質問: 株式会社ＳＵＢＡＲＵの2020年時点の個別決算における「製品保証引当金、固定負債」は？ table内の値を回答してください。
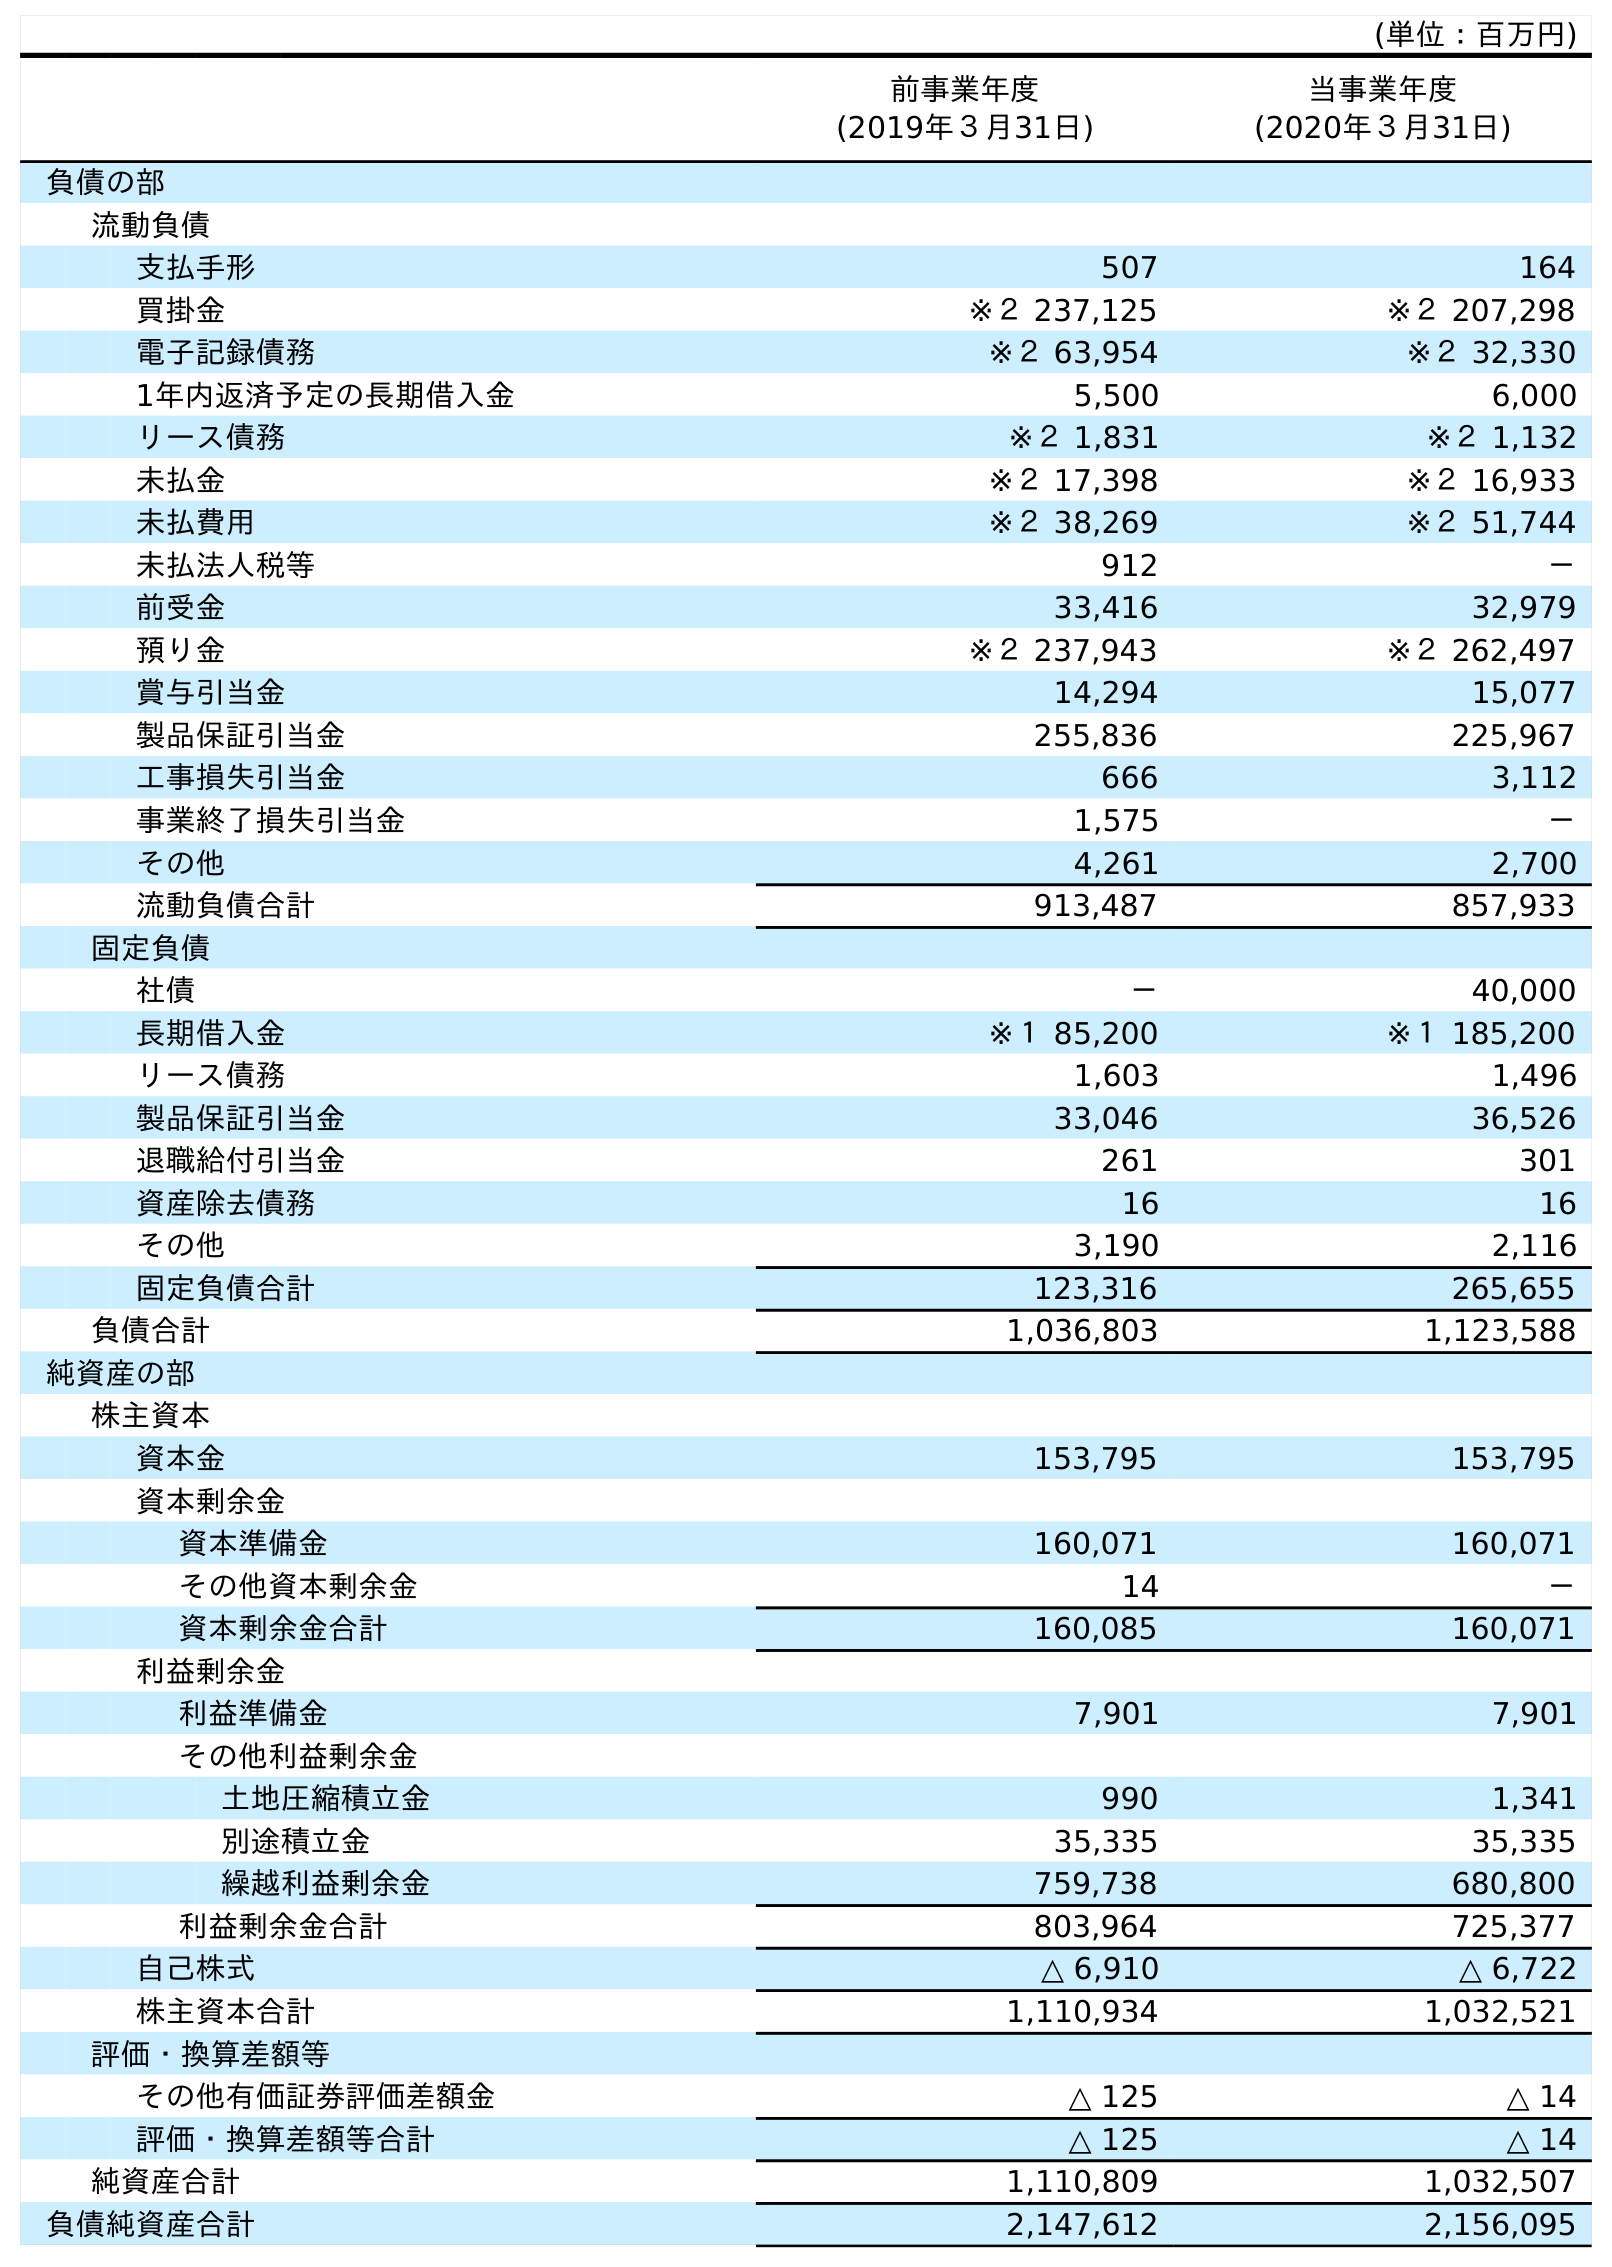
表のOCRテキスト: (単位：百万円) 前事業年度 (2019年３月31日) 当事業年度 (2020年３月31日) 負債の部 流動負債 支払手形 507 164 買掛金 ※２ 237,125 ※２ 207,298 電子記録債務 ※２ 63,954 ※２ 32,330 1年内返済予定の長期借入金 5,500 6,000 リース債務 ※２ 1,831 ※２ 1,132 未払金 ※２ 17,398 ※２ 16,933 未払費用 ※２ 38,269 ※２ 51,744 未払法人税等 912 － 前受金 33,416 32,979 預り金 ※２ 237,943 ※２ 262,497 賞与引当金 14,294 15,077 製品保証引当金 255,836 225,967 工事損失引当金 666 3,112 事業終了損失引当金 1,575 － その他 4,261 2,700 流動負債合計 913,487 857,933 固定負債 社債 － 40,000 長期借入金 ※１ 85,200 ※１ 185,200 リース債務 1,603 1,496 製品保証引当金 33,046 36,526 退職給付引当金 261 301 資産除去債務 16 16 その他 3,190 2,116 固定負債合計 123,316 265,655 負債合計 1,036,803 1,123,588 純資産の部 株主資本 資本金 153,795 153,795 資本剰余金 資本準備金 160,071 160,071 その他資本剰余金 14 － 資本剰余金合計 160,085 160,071 利益剰余金 利益準備金 7,901 7,901 その他利益剰余金 土地圧縮積立金 990 1,341 別途積立金 35,335 35,335 繰越利益剰余金 759,738 680,800 利益剰余金合計 803,964 725,377 自己株式 △ 6,910 △ 6,722 株主資本合計 1,110,934 1,032,521 評価・換算差額等 その他有価証券評価差額金 △ 125 △ 14 評価・換算差額等合計 △ 125 △ 14 純資産合計 1,110,809 1,032,507 負債純資産合計 2,147,612 2,156,095
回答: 36,526